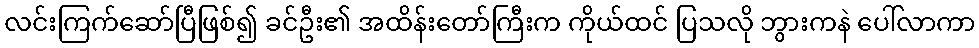
လင်းကြက်ဆော်ပြီဖြစ်၍ ခင်ဦး၏ အထိန်းတော်ကြီးက ကိုယ်ထင် ပြသလို ဘွားကနဲ ပေါ်လာကာ